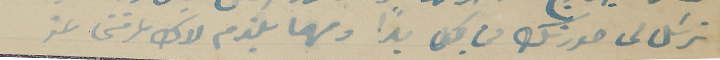
ترسَل لى صورتك من كل بداً ومهما يلزم لاك عرفنى عن